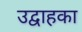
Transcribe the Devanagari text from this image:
उद्वाहका